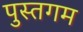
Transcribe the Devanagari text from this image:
पुस्तगम